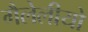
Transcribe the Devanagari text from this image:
गैलेलीयो